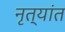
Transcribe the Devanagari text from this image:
नृत्यांत